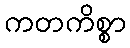
ကတကိစ္စာ